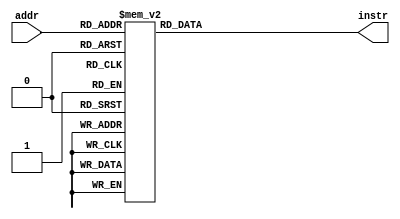
/*
# memory instructions test
# by Thomas Yiu

addiu $1, $0, 1
addiu $2, $0, 2
addu $3, $2, $1
addiu $12, $0, 12
addiu $28, $0, -4

sw $1, 0($0)
lw $11, 4($28)   # $11 <= 1
sw $2, 8($0)
sw $3, -12($0)
lw $12, -4($12)  # $12 <= 2
lw $13, -14($12) # $13 <= 3
*/

module rom_test_mem (addr, instr);

  input [4:0] addr;
  output [31:0] instr;
  reg [31:0] instr;

  // addresses converted from 32 bit byte-addressable
  // to 23-bit word-addressable
  always @ (addr)
    begin
      case(addr)
	   5'h00: instr <= 32'h24010001;	// addiu $1, $0, 1	  
	   5'h01: instr <= 32'h24020002;
	   5'h02: instr <= 32'h00411821;
	   5'h03: instr <= 32'h240c000c;
 	   5'h04: instr <= 32'h241cfffc;	  
	   5'h05: instr <= 32'hac010000;   
	   5'h06: instr <= 32'h8f8b0004;
	   5'h07: instr <= 32'hac020008;
	   5'h08: instr <= 32'hac03fff4;
	   5'h09: instr <= 32'h8d8cfffc;	  
	   5'h0A: instr <= 32'h8d8dfff2;	  
	   5'h0B: instr <= 32'h00000000;			
	   5'h0C: instr <= 32'h00000000;			
	   5'h0D: instr <= 32'h00000000;			  
	   5'h0E: instr <= 32'h00000000;			   
	   5'h0F: instr <= 32'h00000000;			  
	   5'h10: instr <= 32'h00000000;	   
	   5'h11: instr <= 32'h00000000;			 
	   5'h12: instr <= 32'h00000000;			  
	   5'h13: instr <= 32'h00000000;			   
	   5'h14: instr <= 32'h00000000;			    
	   5'h15: instr <= 32'h00000000;				
	   5'h16: instr <= 32'h00000000;				 
	   5'h1f: instr <= 32'h8c0a0008;
	   default: begin
	     instr <= 32'b0; 
          //$display("Invalid ROM address: %h", addr);
	   end
	 endcase
    end
	 
endmodule